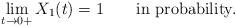
LaTeX: \begin{align*}\lim_{t\rightarrow 0+}X_1(t) = 1\qquad\hbox{in probability.}\end{align*}